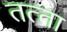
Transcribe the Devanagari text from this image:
तत्‍ता